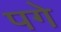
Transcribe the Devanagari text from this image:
पगे